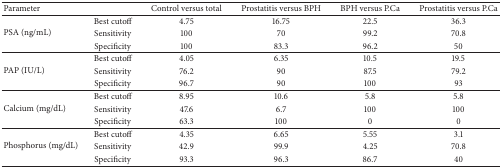
| <COLSPAN=2> Parameter | Control versus total | Prostatitis versus BPH | BPH versus P.Ca | Prostatitis versus P.Ca |
 | --- | --- | --- | --- | --- | --- |
 | <ROWSPAN=3> PSA (ng/mL) | Best cutoff | 4.75 | 16.75 | 22.5 | 36.3 |
 | Sensitivity | 100 | 70 | 99.2 | 70.8 |
 | Specificity | 100 | 83.3 | 96.2 | 50 |
 | <ROWSPAN=3> PAP (IU/L) | Best cutoff | 4.05 | 6.35 | 10.5 | 19.5 |
 | Sensitivity | 76.2 | 90 | 87.5 | 79.2 |
 | Specificity | 96.7 | 90 | 100 | 93 |
 | <ROWSPAN=3> Calcium (mg/dL) | Best cutoff | 8.95 | 10.6 | 5.8 | 5.8 |
 | Sensitivity | 47.6 | 6.7 | 100 | 100 |
 | Specificity | 63.3 | 100 | 0 | 0 |
 | <ROWSPAN=3> Phosphorus (mg/dL) | Best cutoff | 4.35 | 6.65 | 5.55 | 3.1 |
 | Sensitivity | 42.9 | 99.9 | 4.25 | 70.8 |
 | Specificity | 93.3 | 96.3 | 86.7 | 40 |